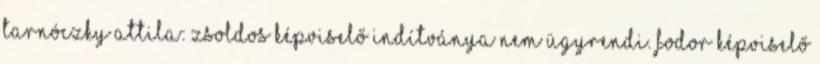
Tarnóczky Attila: Zsoldos képviselő indítványa nem ügyrendi. Fodor képviselő